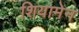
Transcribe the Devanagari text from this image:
शियामेन